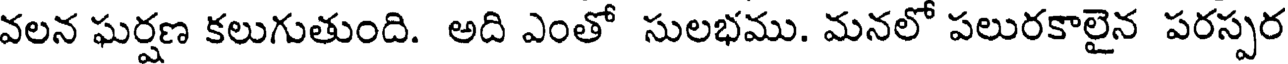
వలన ఘర్షణ కలుగుతుంది. అది ఎంతో సులభము. మనలో పలురకాలైన పరస్పర